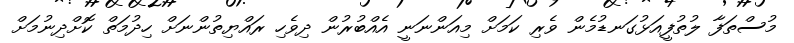
މުސްތަފާ ލުތުފީއަޅުގަނޑުމެން ވެރި ކަމަށް މިއަންނަނީ އެއްބުރުން ދިވެހި ރައްޔިތުންނަށް ހިދުމަތް ކޮށްދިނުމަށް